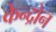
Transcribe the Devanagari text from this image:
केन्द्रोन